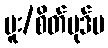
မူး/စိတ်ပုဒ်မ